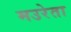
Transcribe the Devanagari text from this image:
मउरेता